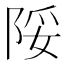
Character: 䧌